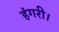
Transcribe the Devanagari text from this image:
हंगरी।